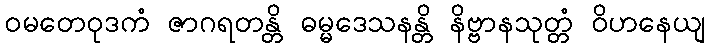
ဝမတေဝုဒကံ ဇာဂရတန္တိ ဓမ္မဒေသနန္တိ နိဗ္ဗာနသုတ္တံ ဝိဟနေယျ